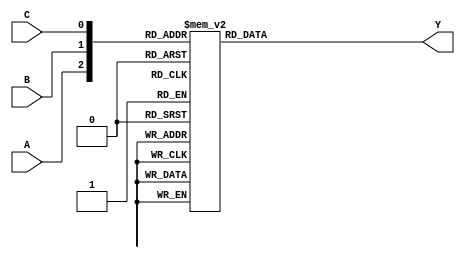
module combinational_logic (
    input wire A,
    input wire B,
    input wire C,
    output wire Y
);

// Using a case statement to define the logic including Don't Care conditions
always @(*) begin
    case ({A, B, C})
        3'b000: Y = 1;    // Output Y = 1 for input 000
        3'b001: Y = 0;    // Output Y = 0 for input 001
        3'b010: Y = 1;    // Don't Care condition (can be 0 or 1)
        3'b011: Y = 1;    // Output Y = 1 for input 011
        3'b100: Y = 1;    // Output Y = 1 for input 100
        3'b101: Y = 0;    // Output Y = 0 for input 101
        3'b110: Y = 1;    // Don't Care condition (can be 0 or 1)
        3'b111: Y = 0;    // Output Y = 0 for input 111
        default: Y = 0;   // Default case
    endcase
end

endmodule